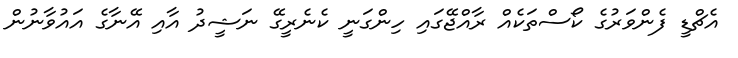
އެޗްޑީ ފެންވަރުގެ ކޯސްތަކެއް ރާއްޖޭގައި ހިންގަނީ ކެނެރީގޭ ނަޝީދު އާއި އޭނާގެ އައުވާނުން